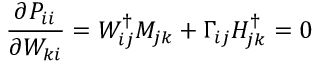
\frac { \partial P _ { i i } } { \partial W _ { k i } } = W _ { i j } ^ { \dagger } M _ { j k } + \Gamma _ { i j } H _ { j k } ^ { \dagger } = 0